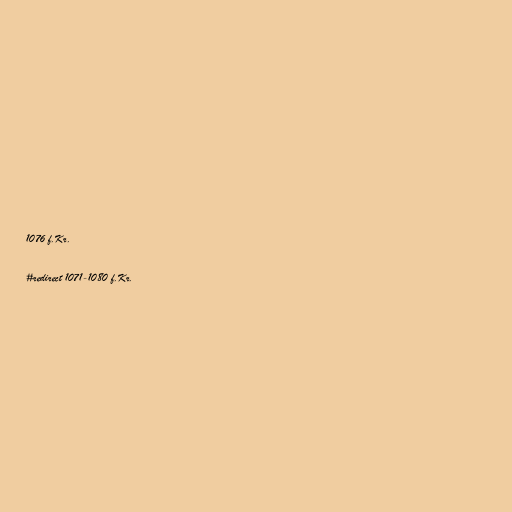
1076 f.Kr.

#redirect 1071-1080 f.Kr.